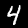
Label: 4